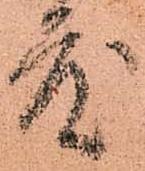
度